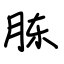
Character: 胨